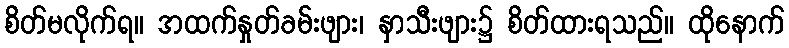
စိတ်မလိုက်ရ။ အထက်နှုတ်ခမ်းဖျား၊ နှာသီးဖျား၌ စိတ်ထားရသည်။ ထိုနောက်